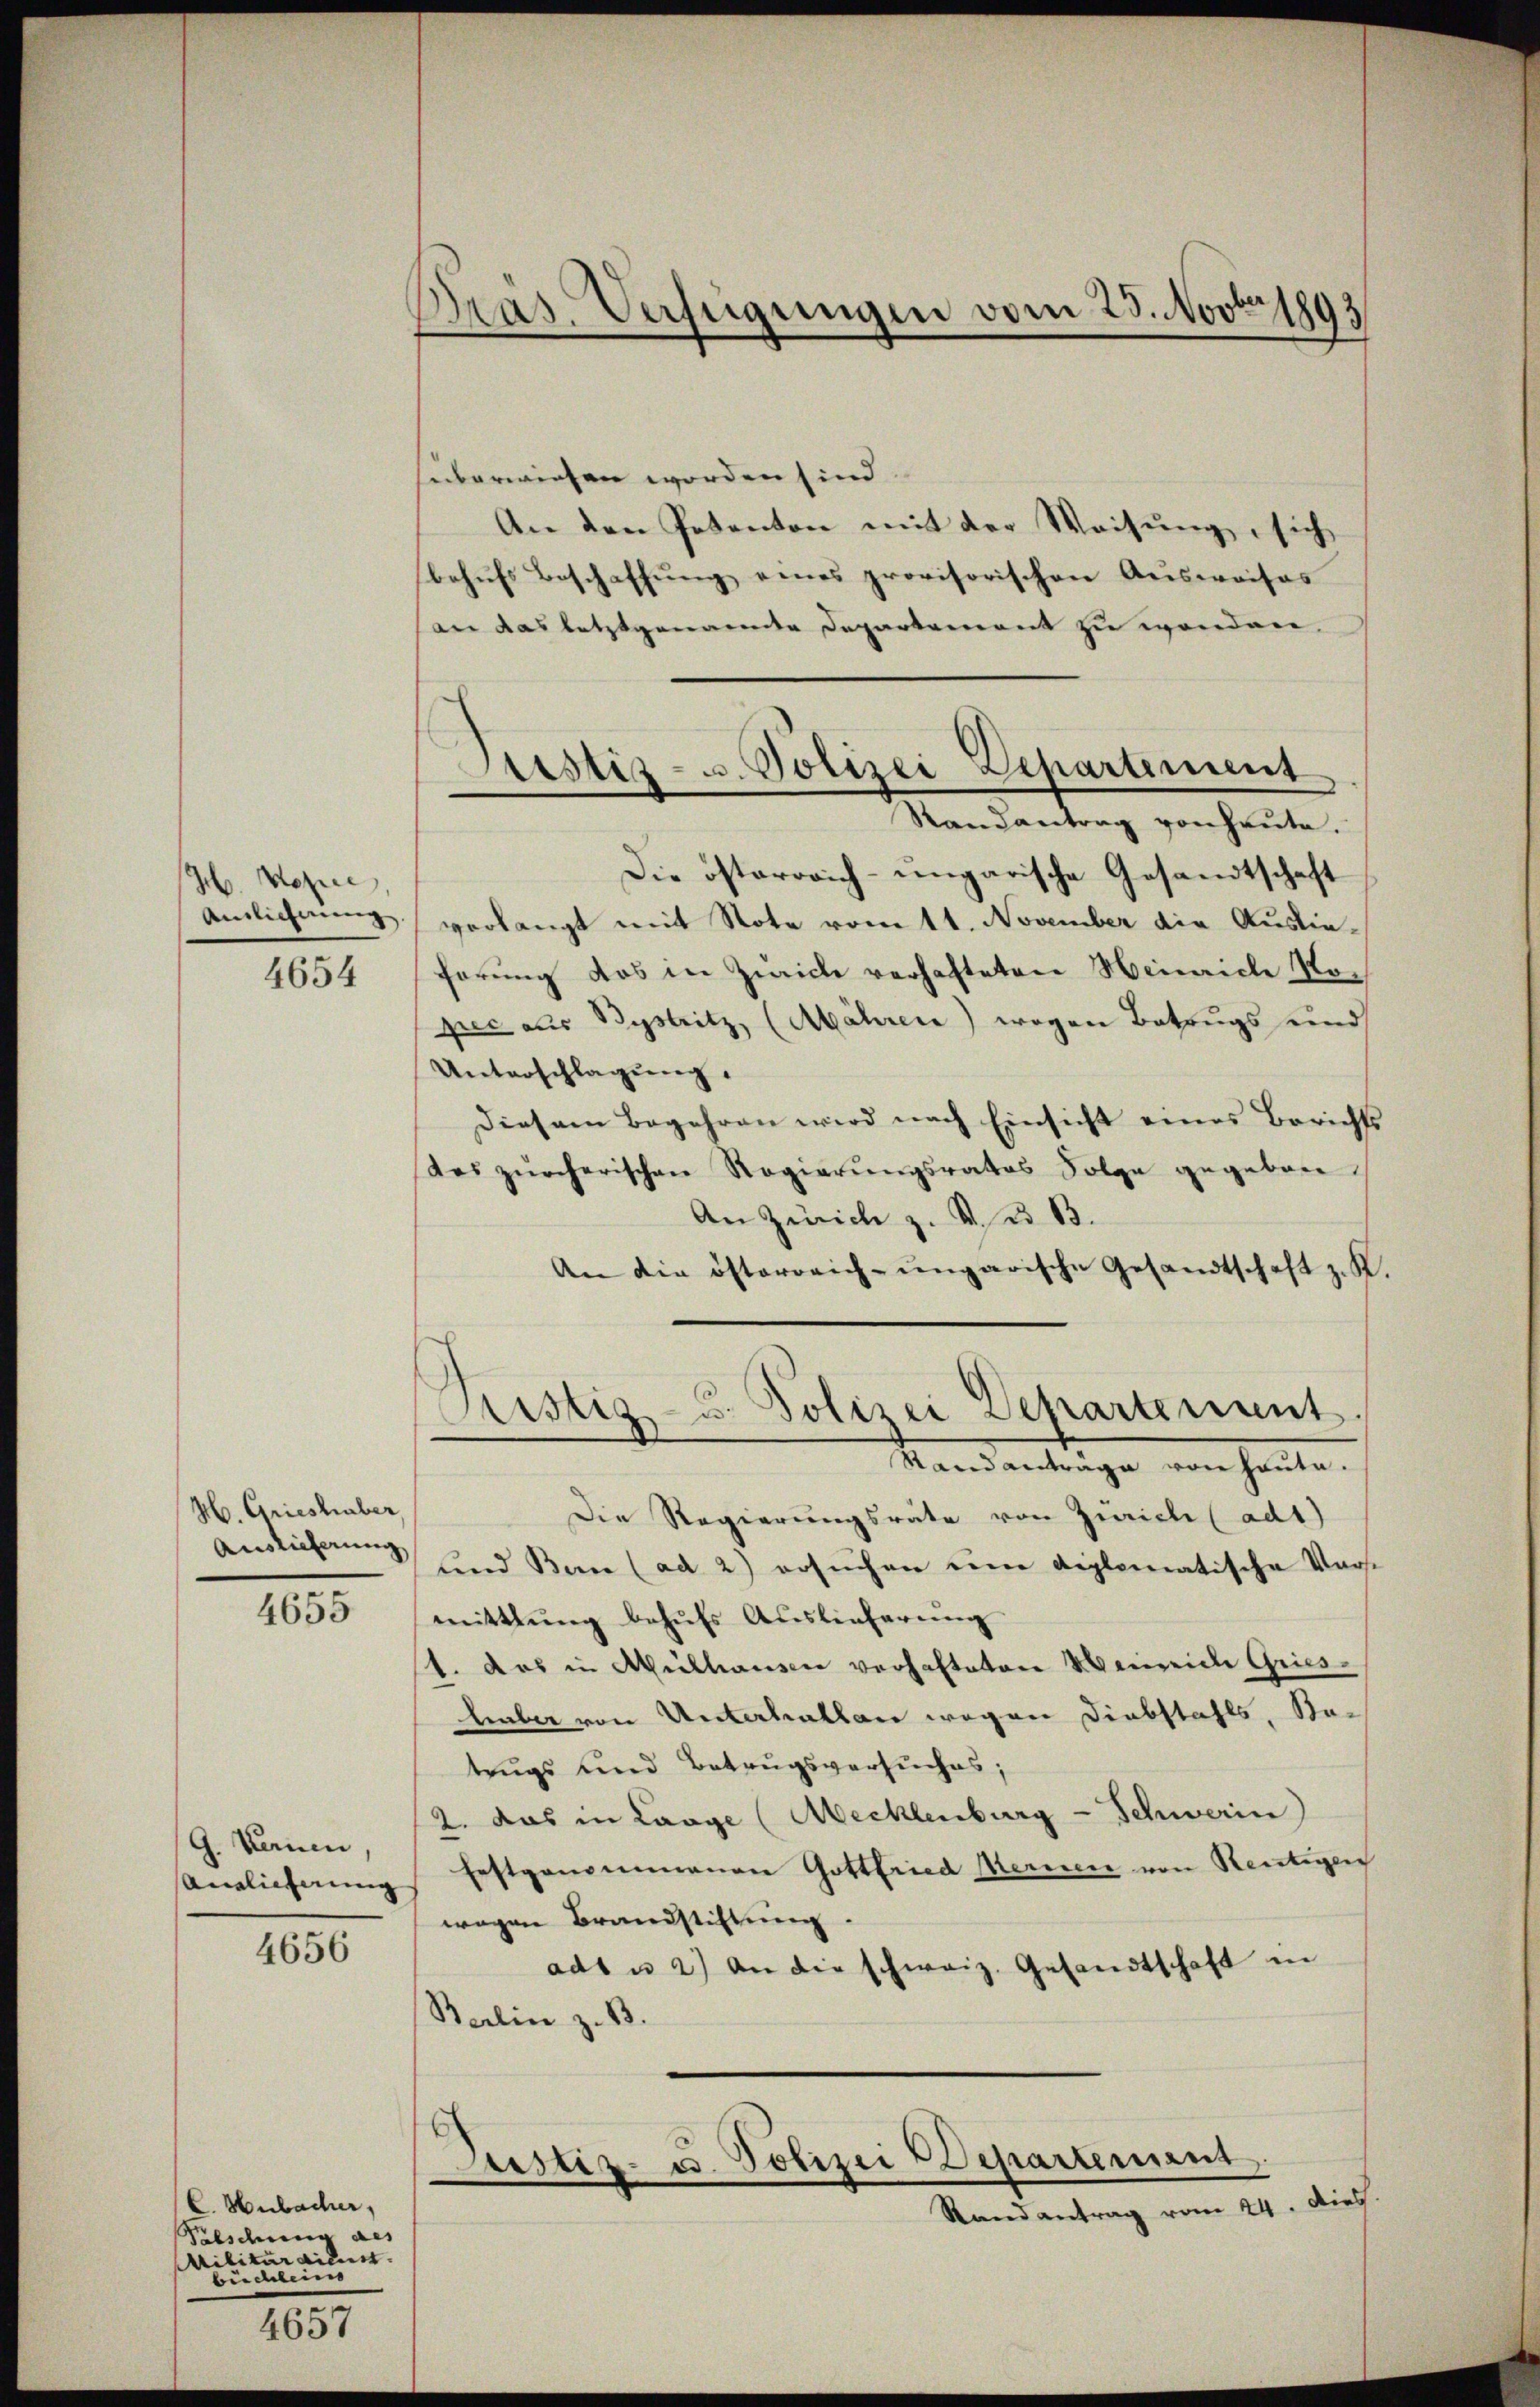
H. Kopie
Ainlicherung
4654

M. Grieshuber,
Auslieferung

4655

G. Sanen,
Anglicherung |

4656

C. Hubacher,
Pesdung des
Militärdient.
büchlein

4657

Pras. Verfügungen vom 25. Nov. 1893

Pustiz- u. Polizei Departement
Randantrag von heŭte.

süberwiesen worden sind
An den Petenton mit der Weisung, sich
behŭfs Beschaffŭng eines provisorischen Ausweises
an das letztgenande Departement zu wenden.
Die österreich-ungarische Gesandtschaft
verlangt mit Note vom 11. November die Ausliehörung das in Zwicke verhafteten Heinrich Ropić aus Bystritz, (Mähren) wegen Betrugs und
Unterschlagung.
Diesem Begehren wird nach Einsicht eines Berichts
des zürcherischen Regierŭngsrates Folge gegeben
An Zürich z. B. d. B.
An die österreich-ungarische Gesandtschaft z. K
Rustiz- u. Polizei Departement
Standanträge von heute.
Die Regierungsräte von Zürich (adt)
und Ban (ad 2) ersuchen eine Reglematische Vorst
mittlung behufs Auslieferung
1. das in Mülhausen verhafteten Weinreiche Grieslieber von Unterhallen wegen Diebstahls, Sta-
trugs und Betrugsversuches;
2. das in Lange (Mecklenburg - Schwerin
festgenommenen Gottfried Merien von Reutigen
wegen Brandstiftung.
ad1 u 2.) An die schweiz. Gesandtschaft in
Berlin z. B.

Justiz- u. Polizei Departement,
Randantrag vom 24. Dies